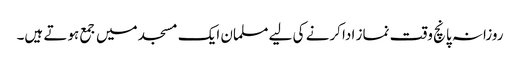
روزانہ پانچ وقت نماز ادا کرنے کی لیے مسلمان ایک مسجد میں جمع ہوتے ہیں۔